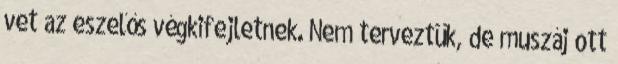
vet az eszelős végkifejletnek. Nem terveztük, de muszáj ott